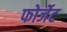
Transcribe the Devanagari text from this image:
फोर्जेट